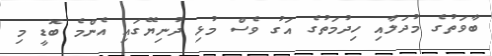
ބާވަތުގެ މުދަލާއި ހިދުމަތުގެ އަގު ވެސް މުޅި ދުނިޔޭގައި އެންމެ ބޮޑީ މި